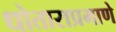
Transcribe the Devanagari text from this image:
धोताराप्रमाणे